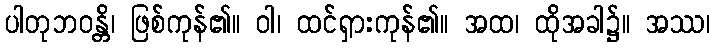
ပါတုဘဝန္တိ၊ ဖြစ်ကုန်၏။ ဝါ၊ ထင်ရှားကုန်၏။ အထ၊ ထိုအခါ၌။ အဿ၊